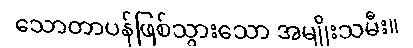
သောတာပန်ဖြစ်သွားသော အမျိုးသမီး။